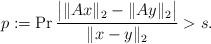
LaTeX: \begin{align*} p:= \Pr{ \frac{\big| \|Ax\|_2-\|Ay\|_2 \big|}{\|x-y\|_2} > s}.\end{align*}